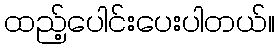
ထည့်ပေါင်းပေးပါတယ်။